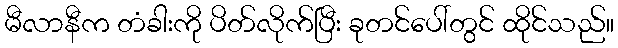
မီလာနီက တံခါးကို ပိတ်လိုက်ပြီး ခုတင်ပေါ်တွင် ထိုင်သည်။